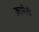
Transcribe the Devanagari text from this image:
क्रामेरी